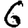
Digit: 6